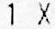
1 X